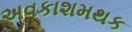
અવકાશમથક